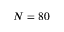
N = 8 0